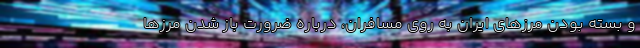
و بسته بودن مرزهای ایران به روی مسافران، درباره ضرورت باز شدن مرزها